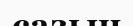
сазын